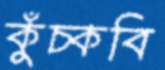
কুঁচ্‌কবি